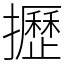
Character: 攊